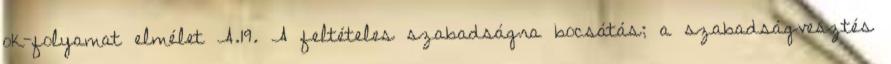
ok-folyamat elmélet A.19. A feltételes szabadságra bocsátás; a szabadságvesztés